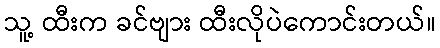
သူ့ ထီးက ခင်ဗျား ထီးလိုပဲကောင်းတယ်။